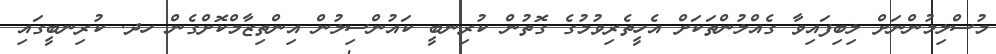
މުސްލިމުންނަށް ލިބިފައިވާ ގެއްލުންތަކަށް އެހީތެރިވުމުގެ ގޮތުން ކުރިނބީ ކައުންސިލުން އިންތިޒާމްކޮށްގެން ހދ. ކުރިނބީގައި